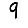
Digit: 9